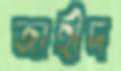
জাহীদ